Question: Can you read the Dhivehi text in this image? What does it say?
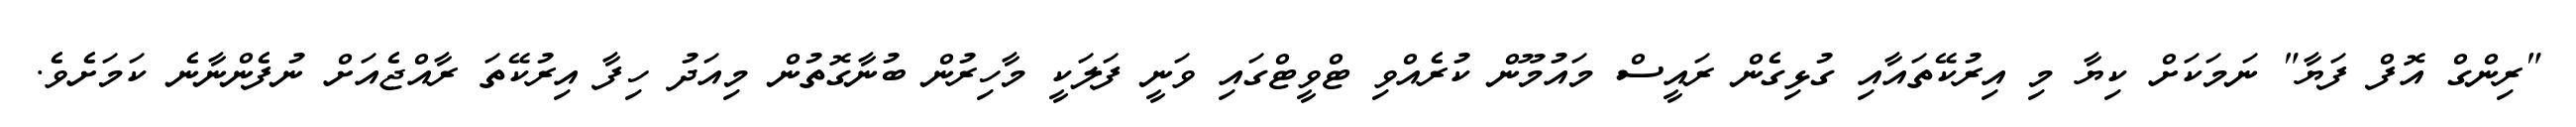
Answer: "ރިންގް އޮފް ފަޔާ" ނަމަކަށް ކިޔާ މި އިރުކޭތައާއި ގުޅިގެން ރައީސް މައުމޫން ކުރެއްވި ޓްވީޓްގައި ވަނީ ފަލަކީ މާހިރުން ބުނާގޮތުން މިއަދު ހިފާ އިރުކޭތަ ރާއްޖެއަށް ނުފެންނާނެ ކަމަށެވެ.